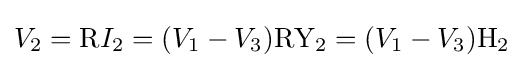
V_{2}=\mathrm {R} I_{2}=(V_{1}-V_{3})\mathrm {R} \mathrm {Y_{2}} =(V_{1}-V_{3})\mathrm {H_{2}}